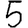
Digit: 5